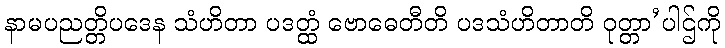
နာမပညတ္တိပဒေန သံဟိတာ ပဒတ္ထံ ဗောဓေတီတိ ပဒသံဟိတာတိ ဝုတ္တာ’ပါဌ်ကို